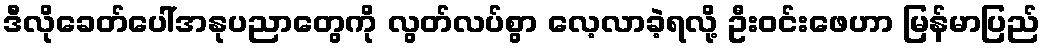
ဒီလိုခေတ်ပေါ်အနုပညာတွေကို လွတ်လပ်စွာ လေ့လာခဲ့ရလို့ ဦးဝင်းဖေဟာ မြန်မာပြည်